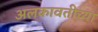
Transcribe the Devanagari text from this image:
अलकावतीच्या